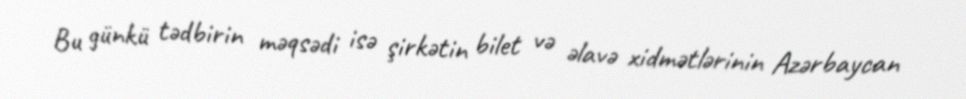
Bu günkü tədbirin məqsədi isə şirkətin bilet və əlavə xidmətlərinin Azərbaycan